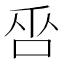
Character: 𠱦